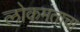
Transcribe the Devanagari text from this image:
लोकमताचा